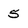
Character: 5